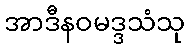
အာဒီနဝမဒ္ဒသံသု